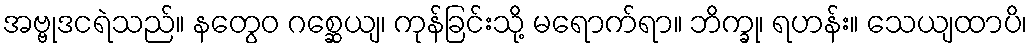
အဗ္ဗုဒငရဲသည်။ နတွေဝ ဂစ္ဆေယျ၊ ကုန်ခြင်းသို့ မရောက်ရာ။ ဘိက္ခု၊ ရဟန်း။ သေယျထာပိ၊